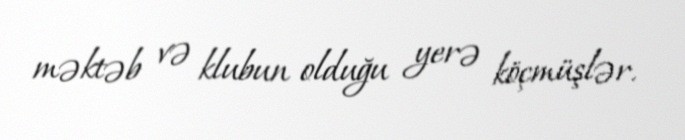
məktəb və klubun olduğu yerə köçmüşlər.